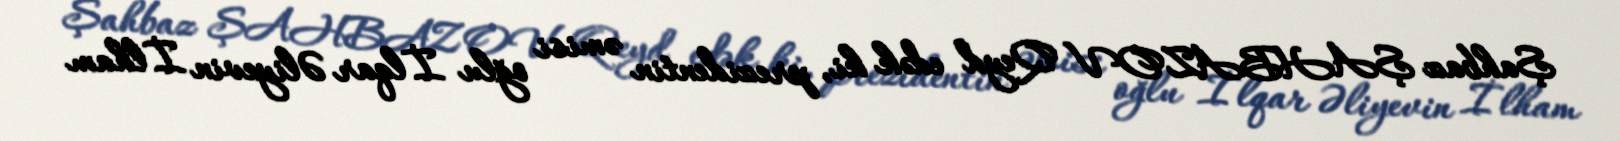
Şahbaz ŞAHBAZOV Qeyd edək ki, prezidentin əmisi oğlu İlqar Əliyevin İlham